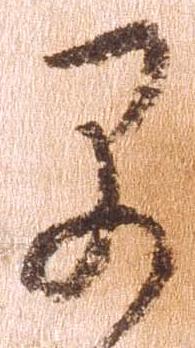
早